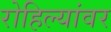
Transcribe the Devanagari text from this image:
रोहिल्यांवर